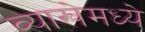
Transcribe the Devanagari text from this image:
व्याखेमध्ये